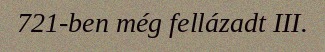
721-ben még fellázadt III.